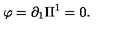
\varphi = \partial _ { 1 } \Pi ^ { 1 } = 0 .